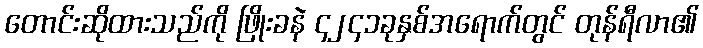
တောင်းဆိုထားသည်ကို ဖြိုးခနဲ ၄၂၄၁ခုနှစ်အရောက်တွင် တုန်ရီလာ၏